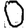
Digit: 0